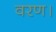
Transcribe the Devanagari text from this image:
वरण।